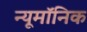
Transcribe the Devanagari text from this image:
न्यूमॉनिक